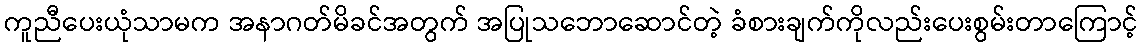
ကူညီပေးယုံသာမက အနာဂတ်မိခင်အတွက် အပြုသဘောဆောင်တဲ့ ခံစားချက်ကိုလည်းပေးစွမ်းတာကြောင့်